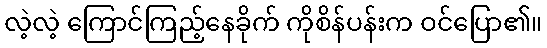
လဲ့လဲ့ ကြောင်ကြည့်နေခိုက် ကိုစိန်ပန်းက ဝင်ပြော၏။